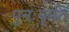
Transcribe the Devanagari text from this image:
पुनःकृर्ति